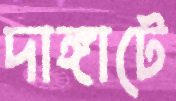
দাঙ্গাটে